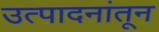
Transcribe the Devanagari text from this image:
उत्पादनांतून